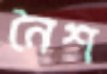
নৈশ